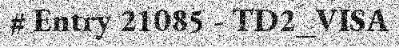
# Entry 21085 - TD2_VISA